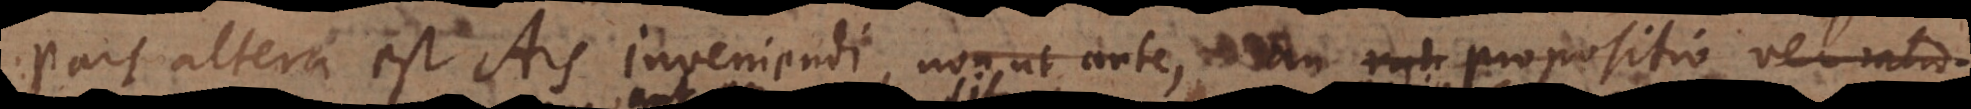
Pars altera est Ars inveniendi, non ut ante, an rati propositio